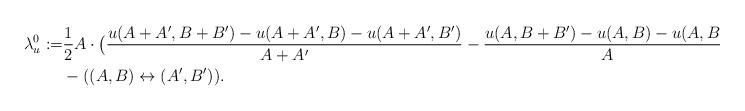
LaTeX: \begin{align*}\lambda_u^0:=&\frac{1}{2} A\cdot \big( \frac{u(A+A',B+B')-u(A+A',B)-u(A+A',B')}{A+A'}-\frac{u(A,B+B')-u(A,B)-u(A,B')}{A}\big) \\&-((A,B)\leftrightarrow (A',B')).\end{align*}